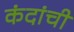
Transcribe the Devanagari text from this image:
कंदांची